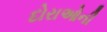
દોરાઓની